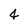
Character: 4